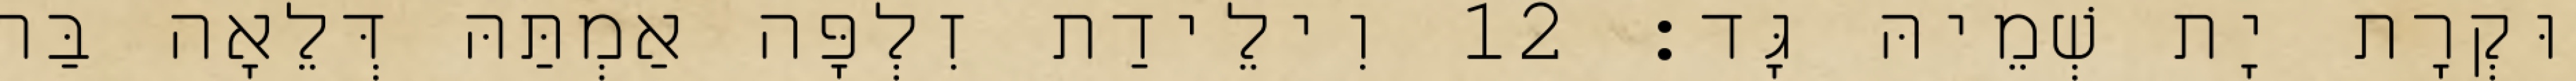
וּקְרָת יָת שְׁמֵיהּ גָּד׃ 12 וִילֵידַת זִלְפָּה אַמְתַּהּ דְּלֵאָה בַּר